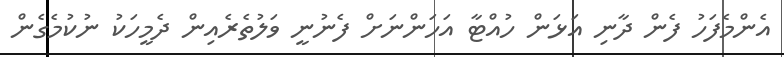
އެންމެފަހު ފެން ދާނި އަޅަން ހުއްޓާ އަހަންނަށް ފެނުނީ ވަލުތެރެއިން ދެމީހަކު ނުކުމެގެން